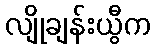
လျိုချန်းယွီက